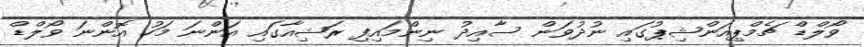
ވޯލްޑް ޗެމްޕިއަންޝިޕުގައި ނުދުވަން ސާއިދު ނިންމައިފި ރަޝިއާގައި އަންނަ މަހު އޮންނަ ވޯލްޑް